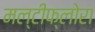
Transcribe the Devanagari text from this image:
मल्टीफ्लोरा